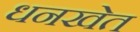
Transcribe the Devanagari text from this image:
धनखेत